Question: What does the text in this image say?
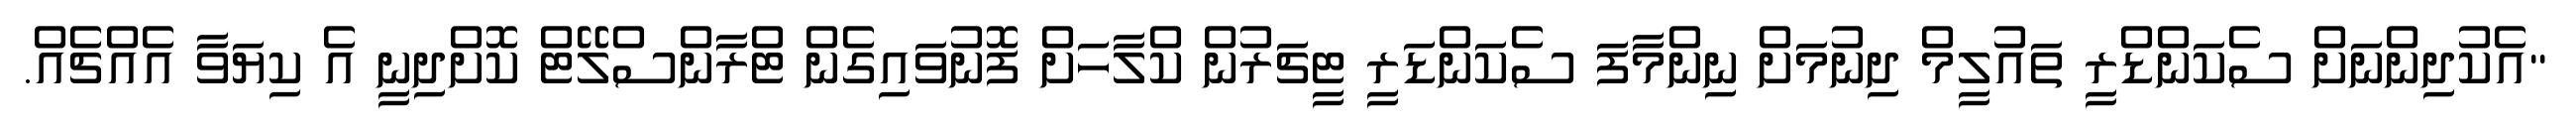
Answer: "އެކުދިންނަށް ސެކަންޑްރީ ތައުލީމް ދިނުމަށް ނިންމާފަ ސެކަންޑަރީ ޓީޗަރުން ކްލާހަށް ފޮނުވައިގެން ޓްރާންސްލޭޓް ކޮށްދިނީ އެ ކިޔަވާ އެއްޗެއް.